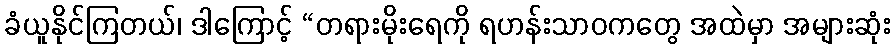
ခံယူနိုင်ကြတယ်၊ ဒါကြောင့် “တရားမိုးရေကို ရဟန်းသာဝကတွေ အထဲမှာ အများဆုံး